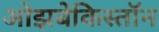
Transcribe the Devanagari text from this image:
ओझबेकिस्तॉन